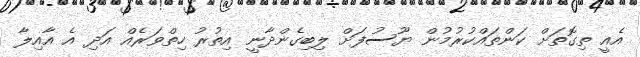
އެއީ ތިގޮތަށް ކަންތައްކުރުމުން ޔޫސުފަށް ލިބިގެންދާނީ އިތުރު ހިތްވަރެއް އަދި އެ އާއިލާ